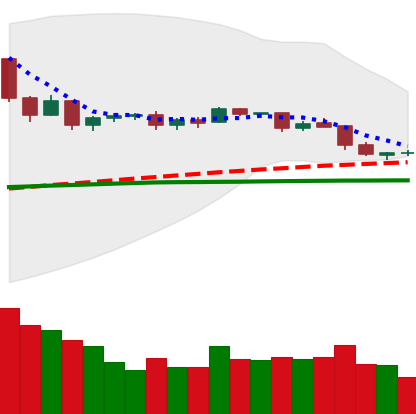
Ticker: DOGE-USD
Chart end date: 2019-04-27
Forward return: 3.776%
Label: up_3_5